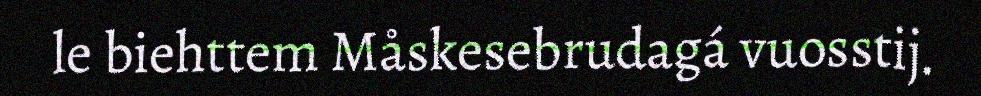
le biehttem Måskesebrudagá vuosstij.